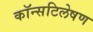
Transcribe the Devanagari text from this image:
कॉन्सटिलेषण